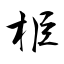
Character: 栕